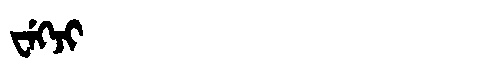
Manchu: ᠸᡝᡴᠵᡳ
Romanization: WEKJI